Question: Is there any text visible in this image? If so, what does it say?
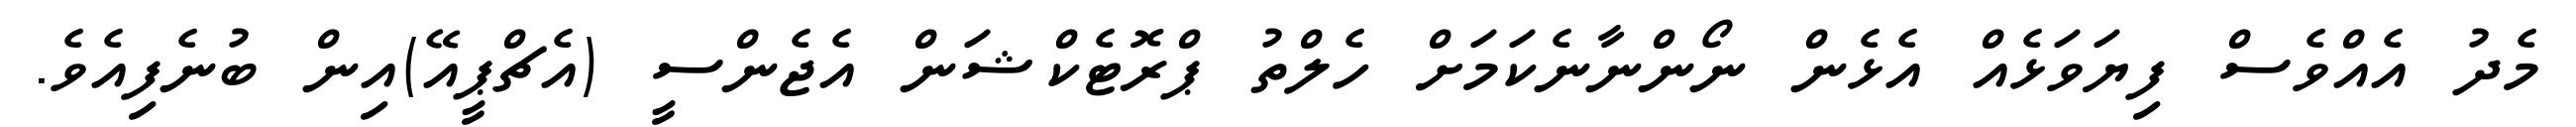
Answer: މެދު އެއްވެސް ފިޔަވަޅެއް އެޅެން ނޯންނާނެކަމަށް ހެލްތު ޕްރޮޓެކްޝަން އެޖެންސީ (އެޗްޕީއޭ)އިން ބުނެފިއެވެ.